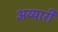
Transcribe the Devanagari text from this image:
अय्यारी